system: You are a helpful assistant.
user:
Analyze the provided spectrum to determine if it is a **M-type Giant (gM)**.

A M-type Giant spectrum is defined by its **strong molecular absorption** features, particularly from **Titanium Oxide (TiO)**. You must check for one of the following mutually exclusive signatures:

- **Key Visual Indicators (Absorption-Dominated Spectrum):**

    - **(Primary):** The spectrum is dominated by strong molecular absorption from **Titanium Oxide (TiO)**. This is the **defining feature** of its M-type temperature class.
        - **(Key Bandheads):** Look for sharp, "saw-tooth" absorption valleys. The strongest are located near **~7050 Å**, **~6160 Å**, and **~5170 Å**.
        - **(Line Profile):** The "saw-tooth" morphology is critical: a **sharp, steep drop on the BLUE (short-wavelength) side** of the bandhead, followed by a gradual recovery (rising flux) towards the RED (long-wavelength) side.

    - **(Key Confirmation - Giant vs. Dwarf):** **ABSENCE** of strong **Calcium Hydride (CaH)** molecular bands. This is the primary diagnostic for *excluding* M-dwarfs.
        - **(Key Region):** The spectrum should lack the strong, broad absorption band seen in dwarfs between **~6800 Å and ~7000 Å**.

    - **(Secondary Confirmation - Giant):** A very strong and broad **Neutral Calcium (Ca I)** atomic absorption line.
        - **(Key Line):** Located at **~4226 Å**. In a giant (gM), this line is significantly deeper and broader than the same line in an M-dwarf (dM) due to low surface gravity.

    - **(Overall Spectrum):**
        - The continuum is **extremely red-sloping** (i.e., flux is very low in the blue and rises dramatically towards the red).
        - The entire spectrum appears "chopped up" by the deep TiO bands.

Think first, call **spectral_visualization_tool** if needed to examine features in detail, then provide your final answer. Your response must adhere to the following strict rules:
1.  **Overall Structure:** Your response must follow the format `<think>...</think> <tool_call>...</tool_call> (if a tool is used) <answer>...</answer>`.
2.  **Tool Usage Constraint:** You may only make **one** tool call per turn.
3.  **Final Answer Format:** In the `<answer>` tag, your conclusion must be inside a `\boxed{}` command (e.g., `\boxed{YES}` or `\boxed{NO}`), followed by your justification.

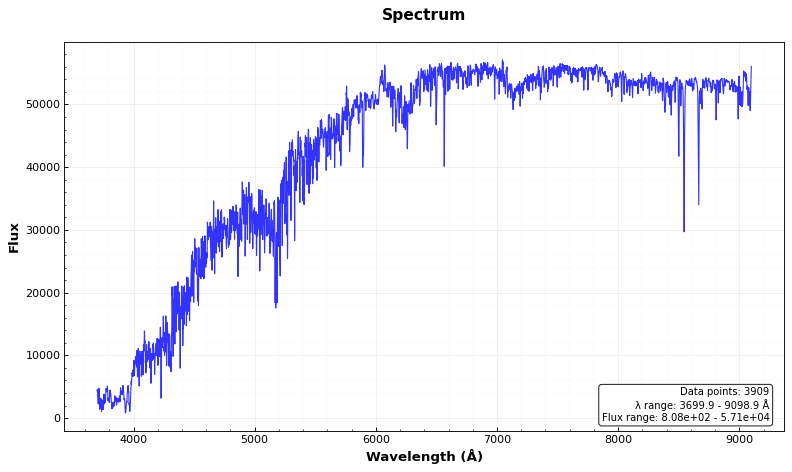
Answer: NO